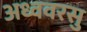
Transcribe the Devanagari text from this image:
अध्ववरसु